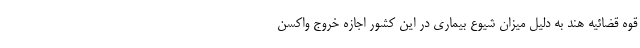
قوه قضائیه هند به دلیل میزان شیوع بیماری در این کشور اجازه خروج واکسن